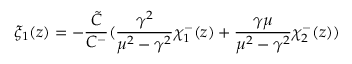
\xi _ { 1 } ( z ) = - \frac { \tilde { C } } { C ^ { - } } ( \frac { \gamma ^ { 2 } } { \mu ^ { 2 } - \gamma ^ { 2 } } \chi _ { 1 } ^ { - } ( z ) + \frac { \gamma \mu } { \mu ^ { 2 } - \gamma ^ { 2 } } \chi _ { 2 } ^ { - } ( z ) )